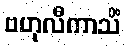
ဗဟုလီကာသိံ